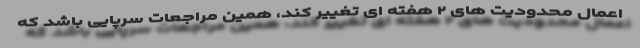
اعمال محدودیت های ۲ هفته ای تغییر کند، همین مراجعات سرپایی باشد که